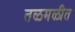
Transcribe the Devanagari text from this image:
तळमळीत